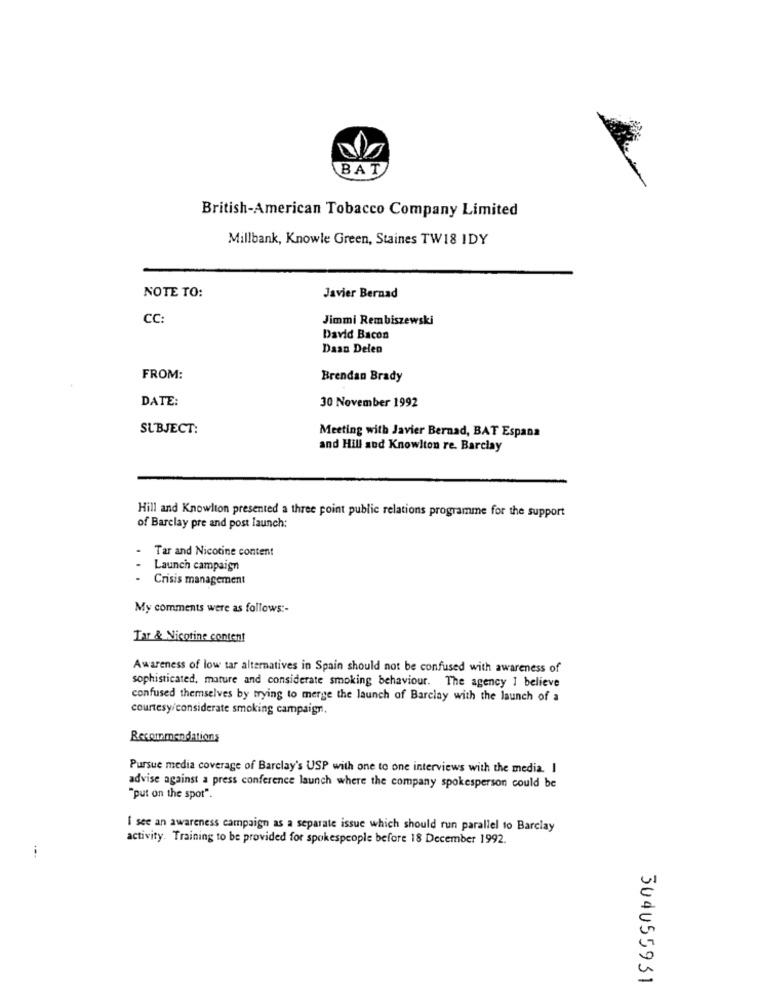
BAT
British-American Tobacco Company Limited
Millbank, Knowle Green, Staines TW18 IDY
NOTE TO:
Javier Bernad
CC:
Jimmi Rembiszewski
David Bacon
Daan Delen
FROM:
Brendan Brady
DATE:
30 November 1992
SUBJECT:
Meeting with Javier Bernad, BAT Espana
and Hill and Knowlton re. Barclay
Hill and Knowlton presented a three point public relations programme for the support
of Barclay pre and post launch:
Tar and Nicotine content
Launch campaign
Crisis management
My comments were as follows :-
Tar & Nicotine content
Awareness of low tar alternatives in Spain should not be confused with awareness of
sophisticated, mature and considerate smoking behaviour. The agency I believe
confused themselves by trying to merge the launch of Barclay with the launch of a
courtesy/considerate smoking campaign.
Recommendations
Pursue media coverage of Barclay's USP with one to one interviews with the media. I
advise against a press conference launch where the company spokesperson could be
"put on the spot".
I see an awareness campaign as a separate issue which should run parallel to Barclay
activity. Training to be provided for spokespeople before 18 December 1992.
304055931